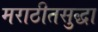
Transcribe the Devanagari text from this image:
मराठीतसुद्धा